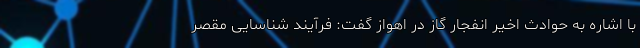
با اشاره به حوادث اخیر انفجار گاز در اهواز گفت: فرآیند شناسایی مقصر